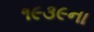
૧૯૩૯ના